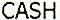
CASH